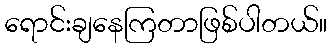
ရောင်းချနေကြတာဖြစ်ပါတယ်။